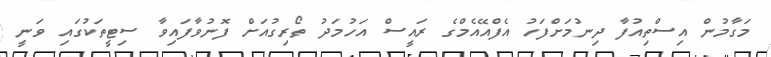
މަގާމުން އިސްތިއުފާ ދިނުމަށްފަހު އެފްއޭއެމްގެ ރައީސް އަހުމަދު ތޯރިގުއަށް ފޮނުވާފައިވާ ސިޓީތަކުގައި ވަނީ